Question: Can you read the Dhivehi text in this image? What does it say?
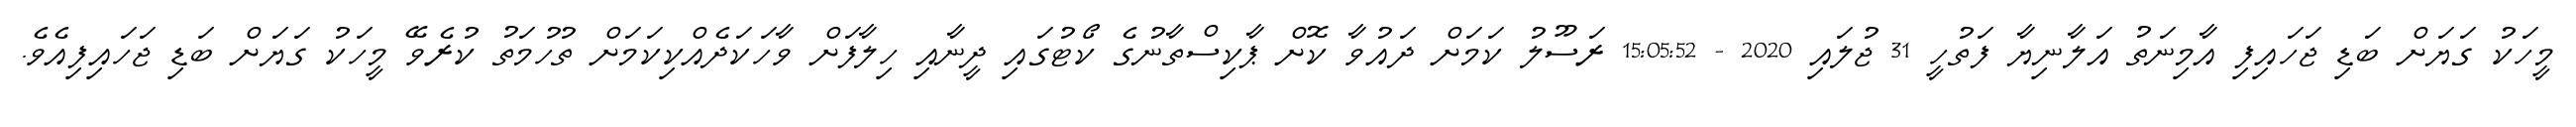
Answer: މީހަކު ގަޔަށް ބަޑި ޖަހައިފި އާމިނަތު އަލާނިޔާ ފަތުހީ 31 ޖުލައި 2020 - 15:05:52 ރަސޫލު ކަމަށް ދައުވާ ކޮށް ޕާކިސްތާނުގެ ކޯޓުގައި ދީނާއި ހިލާފަށް ވާހަކަދެއްކިކަމަށް ތުހުމަތު ކުރެވޭ މީހަކު ގަޔަށް ބަޑި ޖަހައިފިއެވެ.